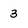
Character: 3